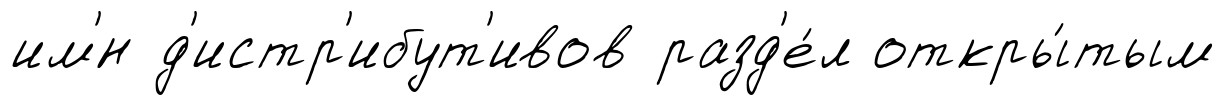
им'́н д'истр'ибут'ивов разд'е́л откры́тым